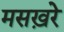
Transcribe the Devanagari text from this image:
मसख़रे